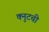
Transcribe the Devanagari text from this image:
क्नुटची